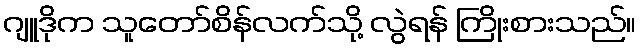
ဂျူဒိုက သူတော်စိန်လက်သို့ လွဲရန် ကြိုးစားသည်။